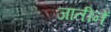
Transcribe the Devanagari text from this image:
जातीनें